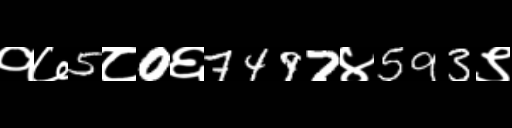
Text: १७5८0६7497४593९